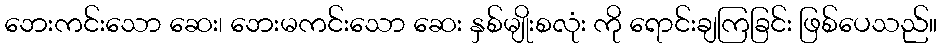
ဘေးကင်းသော ဆေး၊ ဘေးမကင်းသော ဆေး နှစ်မျိုးစလုံး ကို ရောင်းချကြခြင်း ဖြစ်ပေသည်။